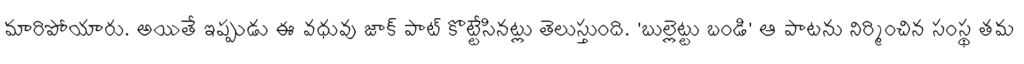
మారిపోయారు. అయితే ఇప్పుడు ఈ వధువు జాక్ పాట్ కొట్టేసినట్లు తెలుస్తుంది. 'బుల్లెట్టు బండి' ఆ పాటను నిర్మించిన సంస్థ తమ